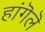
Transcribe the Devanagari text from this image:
हांगॆलॆ